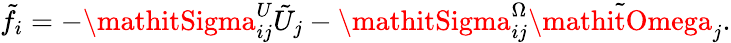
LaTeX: \tilde{f}_{i}=-\mathitSigma_{ij}^{U}\tilde{U}_{j}-\mathitSigma_{ij}^{\Omega}\tilde{\mathitOmega}_{j}.